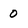
Character: 0